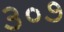
૩૦૭